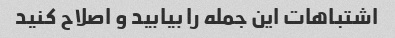
اشتباهات این جمله را بیابید و اصلاح کنید